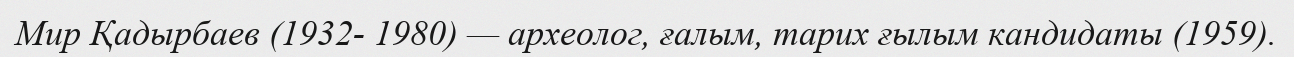
Мир Қадырбаев (1932- 1980) — археолог, ғалым, тарих ғылым кандидаты (1959).